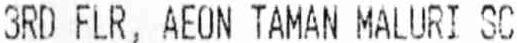
3RD FLR, AEON TAMAN MALURI SC